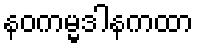
နဝကမ္မဒါနကထာ